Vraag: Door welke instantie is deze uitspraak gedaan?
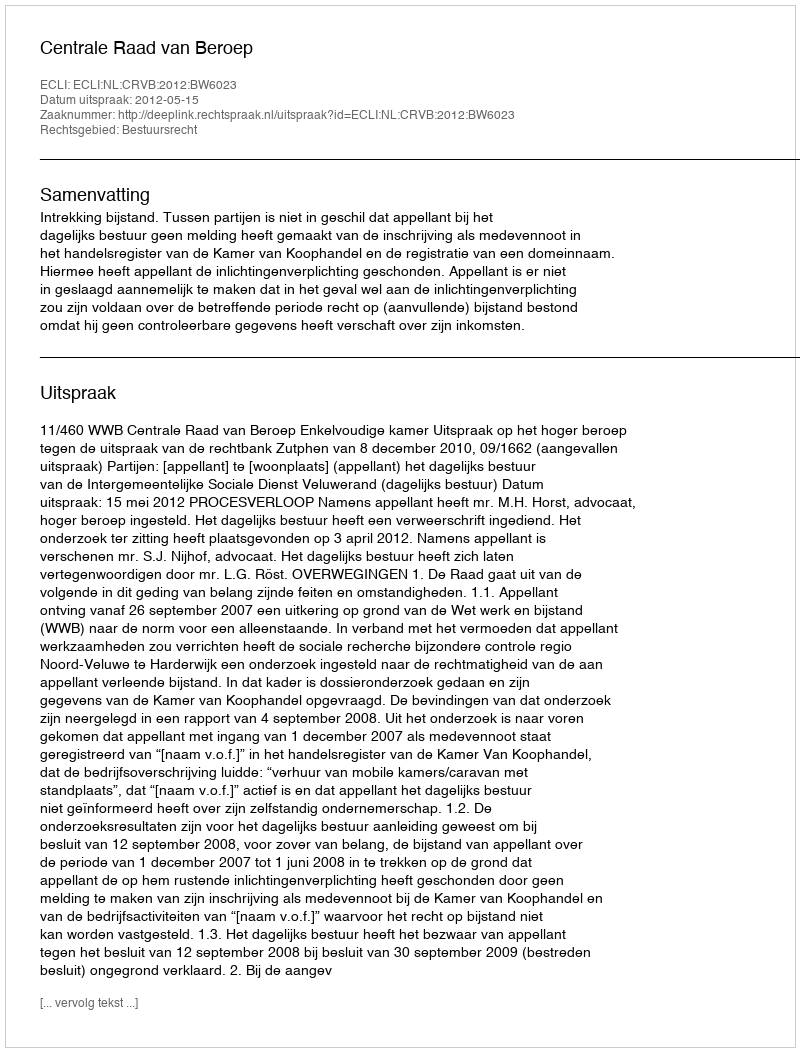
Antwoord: Centrale Raad van Beroep